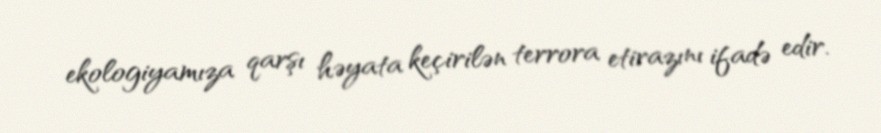
ekologiyamıza qarşı həyata keçirilən terrora etirazını ifadə edir.